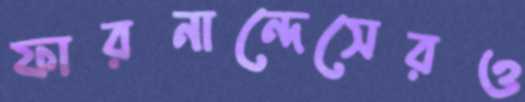
ফারনান্দেসেরও